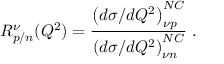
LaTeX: R _ { p / n } ^ { \nu } ( Q ^ { 2 } ) = \frac { \left( d \sigma / d Q ^ { 2 } \right) _ { \nu p } ^ { N C } } { \left( d \sigma / d Q ^ { 2 } \right) _ { \nu n } ^ { N C } } \; .